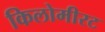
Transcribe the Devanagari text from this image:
किलोमीरट